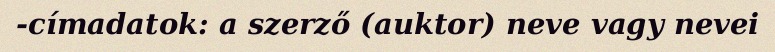
-címadatok: a szerző (auktor) neve vagy nevei